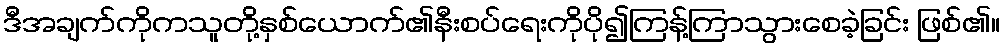
ဒီအချက်ကိုကသူတို့နှစ်ယောက်၏နီးစပ်ရေးကိုပို၍ကြန့်ကြာသွားစေခဲ့ခြင်း ဖြစ်၏။